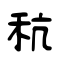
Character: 秔